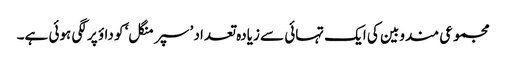
مجموعی مندوبین کی ایک تہائی سے زیادہ تعداد ’سپر منگل‘ کو داؤ پر لگی ہوئی ہے۔